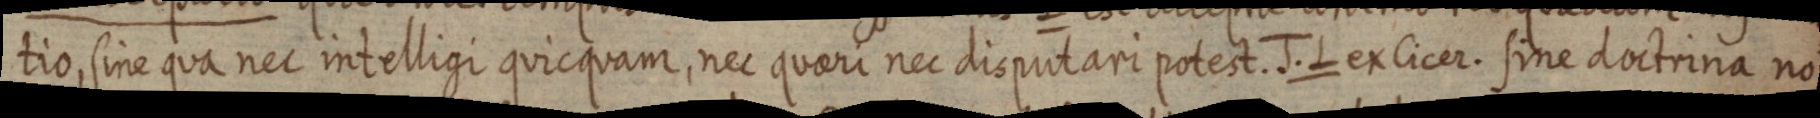
tio, sine qua nec intelligi quicquam, nec quaeri nec disputari potest. J. L ex Cicer. sine doctrina no